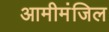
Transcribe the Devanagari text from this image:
आमीमंजिल